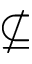
\nsubseteq